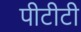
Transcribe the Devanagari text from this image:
पीटीटी